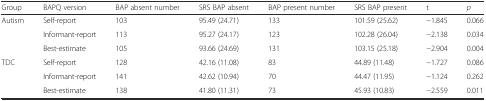
| Group | BAPQ version | BAP absent number | SRS BAP absent | BAP present number | SRS BAP present | t | p |
 | --- | --- | --- | --- | --- | --- | --- | --- |
 | Autism | Self-report | 103 | 95.49 (24.71) | 133 | 101.59 (25.62) | −1.845 | 0.066 |
 |  | Informant-report | 113 | 95.27 (24.17) | 123 | 102.28 (26.04) | −2.138 | 0.034 |
 |  | Best-estimate | 105 | 93.66 (24.69) | 131 | 103.15 (25.18) | −2.904 | 0.004 |
 | TDC | Self-report | 128 | 42.16 (11.08) | 83 | 44.89 (11.48) | −1.727 | 0.086 |
 |  | Informant-report | 141 | 42.62 (10.94) | 70 | 44.47 (11.95) | −1.124 | 0.262 |
 |  | Best-estimate | 138 | 41.80 (11.31) | 73 | 45.93 (10.83) | −2.559 | 0.011 |